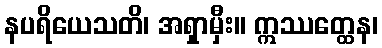
နပရိယေသတိ၊ အရှာမှီး။ ဣဿတ္ထေန၊